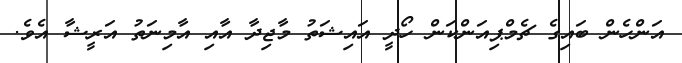
އަންހެން ބައިގެ ޗެމްޕިއަންކަން ހޯދީ އައިޝަތު މާޖިދާ އާއި އާމިނަތު އަރީޝާ އެވެ.